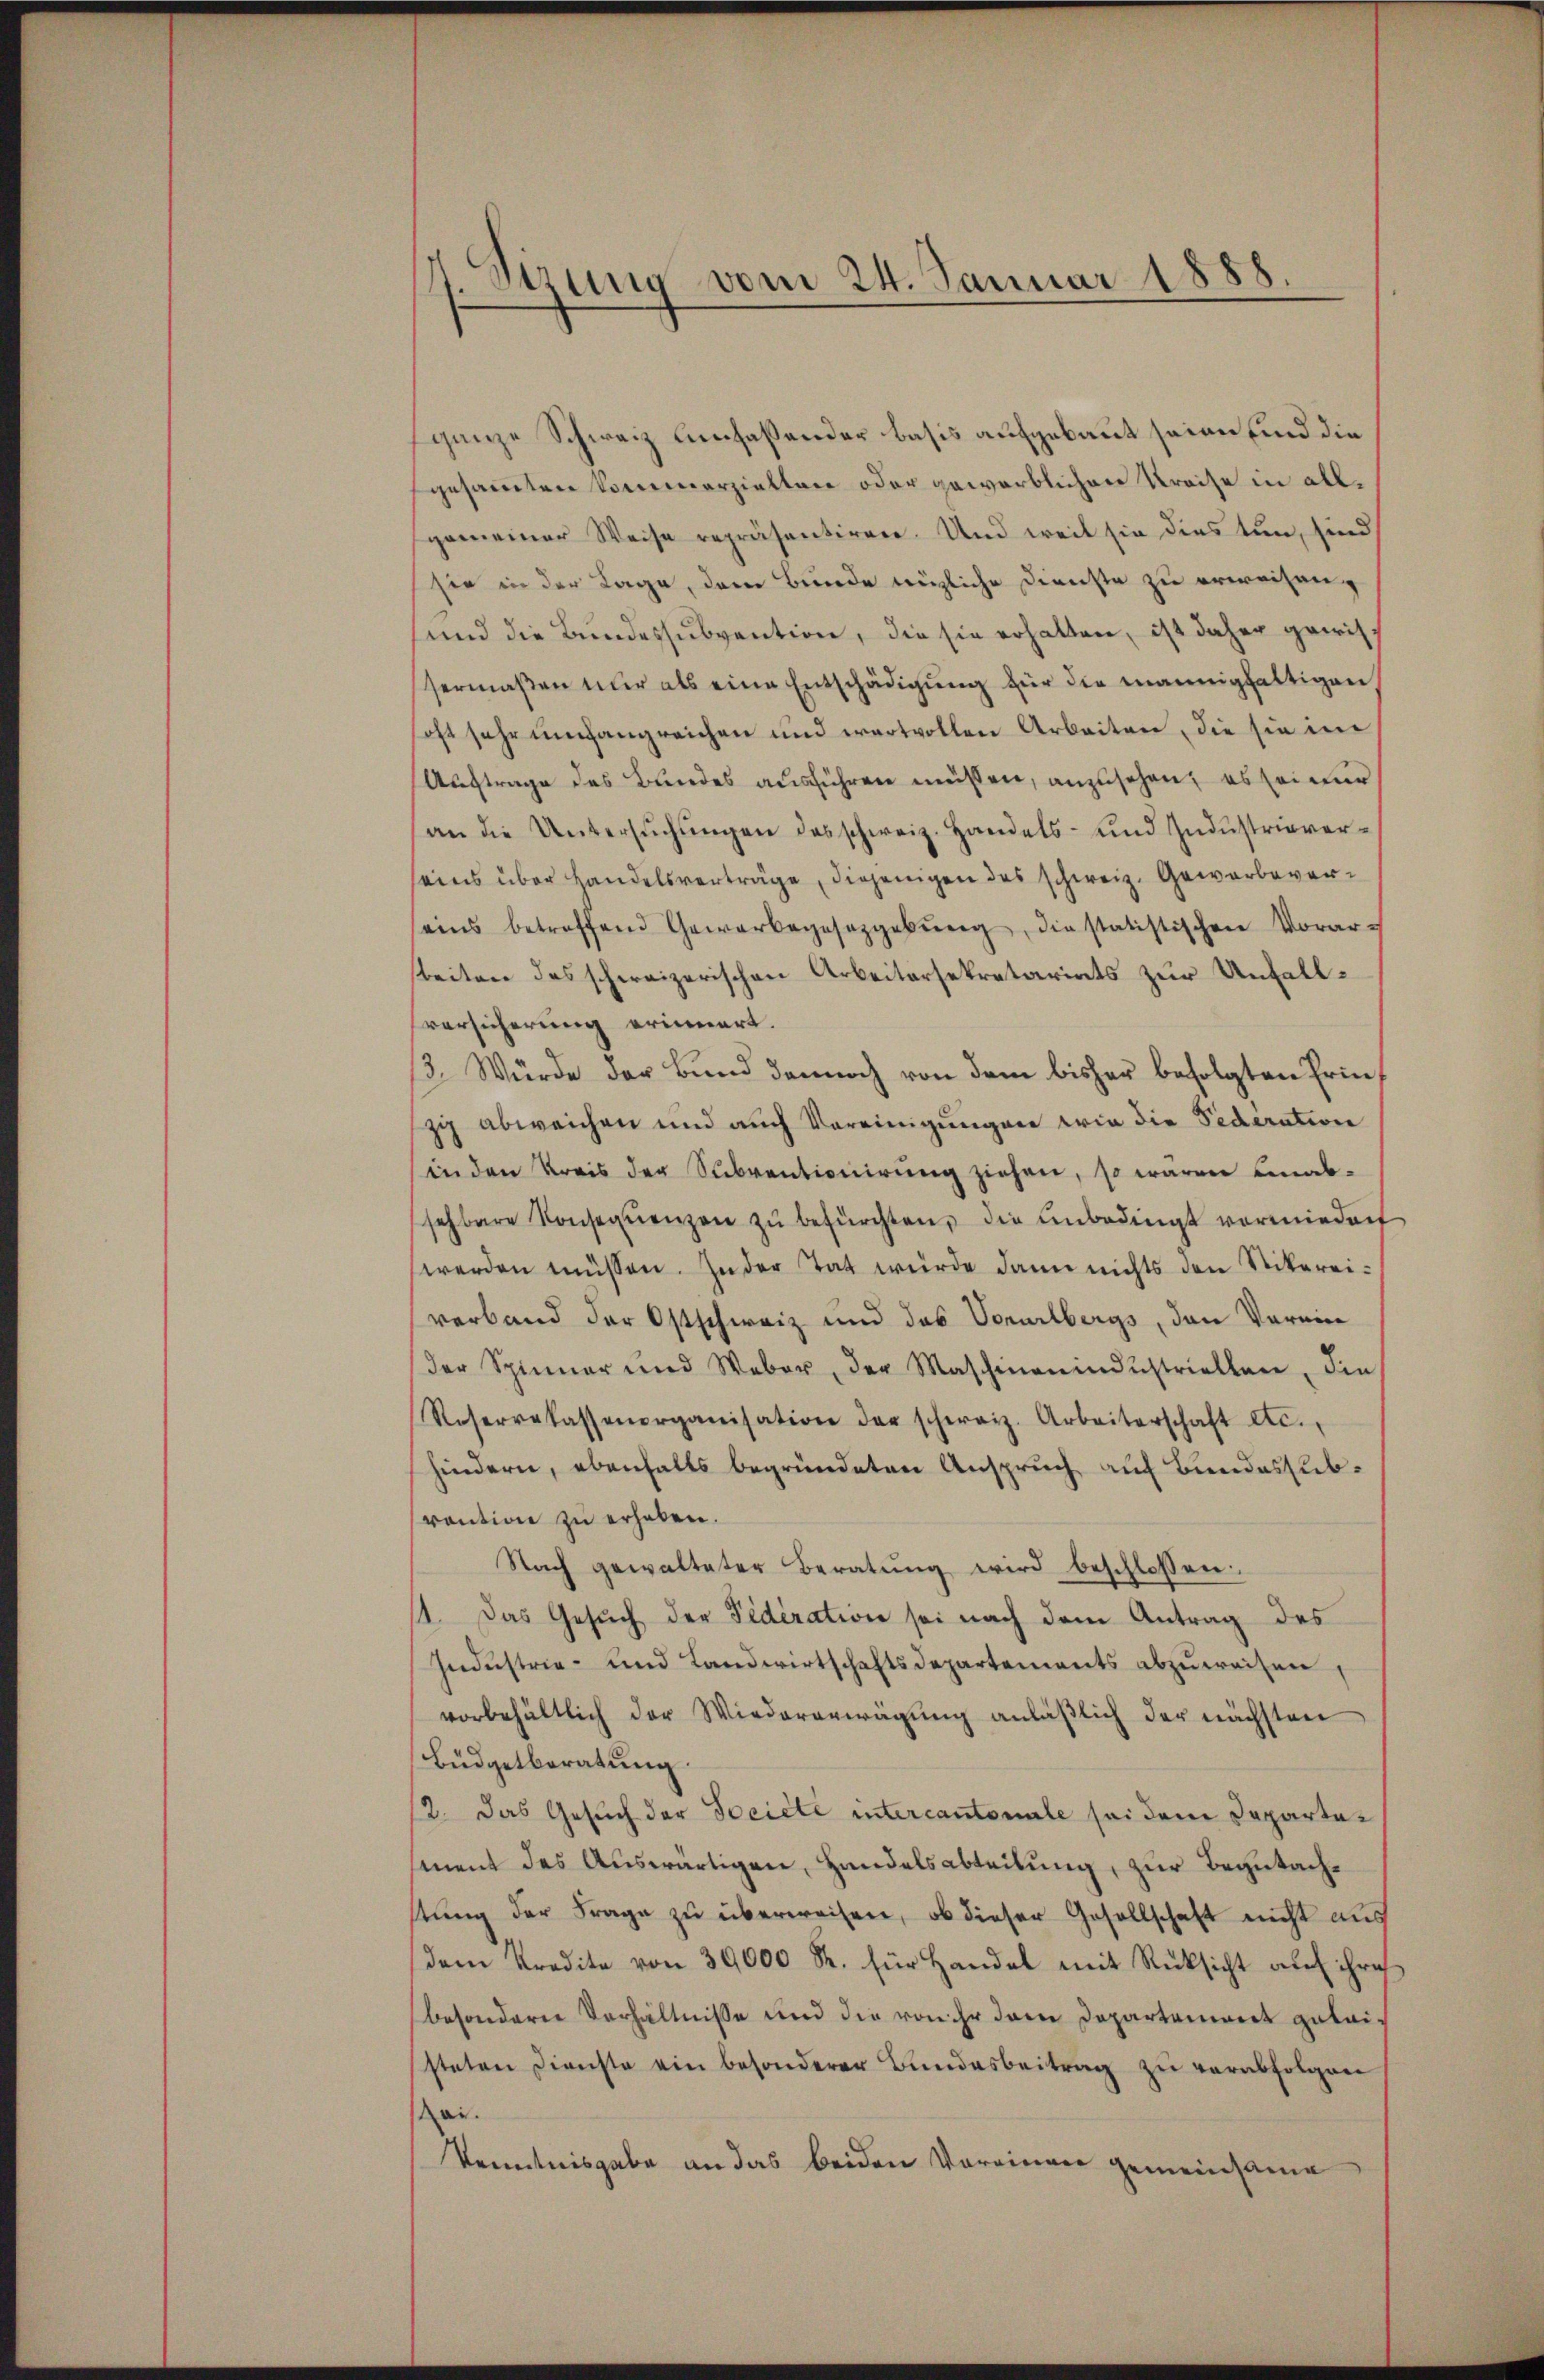
1. Sirung vom 24. Januar 1888.

ganze Schweiz umfassender basis aufgebaut seien sind die
gesammten Commerziellene oder gewerblichen Kreise in all.
gemeiner Weise repräsentirere. Und weil sie dies tun, sind
sie in der Lage, dem Bunde mögliche Dienste zu erweisen,
und die Bundessubvention, die sie erhalten, ist daher gewissermaßen nur als eine Entschädigŭng für die mannigfaltigen,
soft sehr umfangreichen und wertvollen Arbeiten, die sie im
Auftrage des Bundes ausführen müssen, anzusehen; es sei nur
an die Untersŭchŭngen das schweiz. Handels- und Industrieverseins über Handelsverträge, diejenigen des schweiz. Gewerbeverseins betreffend Gewerbegesetzgebŭng, die statistischen Vorar-
teiten des schweizerischen Arbeitersekretariats zur Unfallversicherung erinnert.
3. Würde der Bund dennoch von dem bisher befolgten Friezig abweichen und auch Vereinigungen wie die Federation
in den Kreis der Subventionirung ziehen, so waren unabsehbare Konseqŭenzen zŭ befürchten, die Unbedingt vormiedert
werden müssen. In der Tat würde dann nichts den Stikereiverband der Ostschweiz und das Vorarlbergs, den Verein
der Spinner und Weber, der Maschinenindustriellen, die
Reserrekassenerganisation der schweiz. Arbeiterschaft etc.
hindern, ebenfalls begründeten Anspruch auf Bundessubvaution zu erhaben.
Nach gewalteter Beratung wird beschlossen:
11. Das Gesuch der Federation sei nach dem Antrag des
Industrie- und Landwirtschaftsdepartements abzuweisen,
vorbehältlich der Wiedererwägung anläßlich der nächsten
Büdgetberatung.
12. Das Gesuch der Societe intercantonale sei dem Departasment des Auswärtigen, Handelsabteilung, zur Begutachstŭng der Frage zŭ überweisen, ob dieser Gesellschaft nicht aus
dem Kredite von 39000 R. für Handel mit Rücksicht auf ihre
besondern Verhältnisse und die von ihr dem Departement geleisteten Dienste ein besonderer Bundesbeitrag zu verabfolgen
ai.
Kenntnisgabe an das beiden Vorrinner gemeinsame